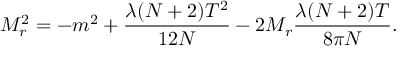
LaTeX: M _ { r } ^ { 2 } = - m ^ { 2 } + \frac { \lambda ( N + 2 ) T ^ { 2 } } { 1 2 N } - 2 M _ { r } \frac { \lambda ( N + 2 ) T } { 8 \pi N } .